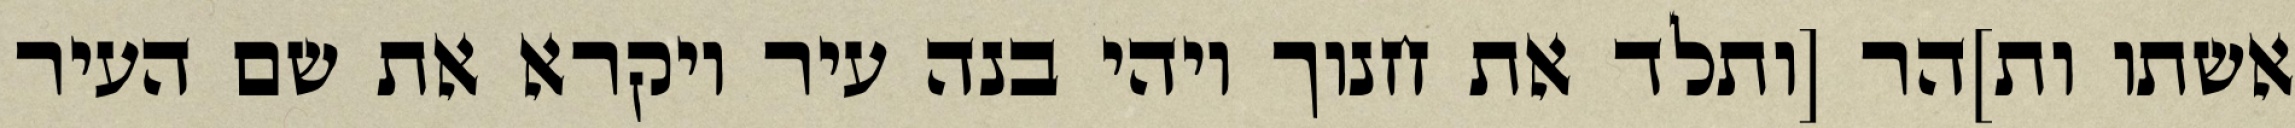
אשתו ות]הר [ותלד את חנוך ויהי בנה עיר ויקרא את שם העיר